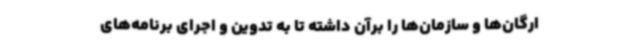
ارگان‌ها و سازمان‌ها را برآن داشته تا به تدوین و اجرای برنامه‌های